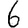
Digit: 6